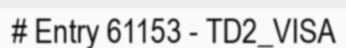
# Entry 61153 - TD2_VISA